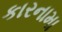
કારનામા